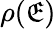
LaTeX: \rho(\mathfrak{E})